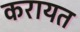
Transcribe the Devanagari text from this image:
करायत